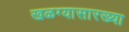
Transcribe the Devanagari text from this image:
खळग्यासारख्या